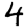
Digit: 4